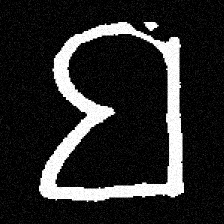
Pyu character \u2014 Myanmar letter: ဗ (romanized: ba)